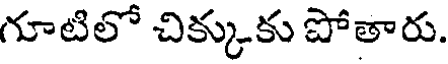
గూటిలో చిక్కుకు పోతారు.